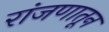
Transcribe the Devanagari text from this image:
रांजणातून